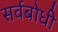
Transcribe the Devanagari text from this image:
सर्वबोधी